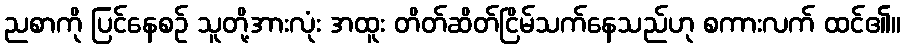
ညစာကို ပြင်နေစဉ် သူတို့အားလုံး အထူး တိတ်ဆိတ်ငြိမ်သက်နေသည်ဟု စကားလက် ထင်၏။